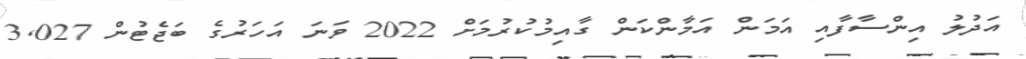
އަދުލު އިންސާފާއި އަމަން އަމާންކަން ގާއިމުކުރުމަށް 2022 ވަނަ އަހަރުގެ ބަޖެޓުން 3